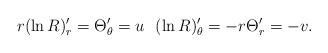
LaTeX: \begin{align*}r(\ln R)'_r=\Theta '_\theta =u \ \ (\ln R)'_\theta =-r\Theta '_r=-v. \end{align*}